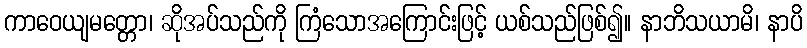
ကာဝေယျမတ္တော၊ ဆိုအပ်သည်ကို ကြံသောအကြောင်းဖြင့် ယစ်သည်ဖြစ်၍။ နာဘိသယာမိ၊ နာပိ